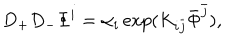
LaTeX: D _ { + } D _ { - } \Phi ^ { i } = \alpha _ { i } \exp ( K _ { i \bar { j } } \bar { \Phi } ^ { \bar { j } } ) ,